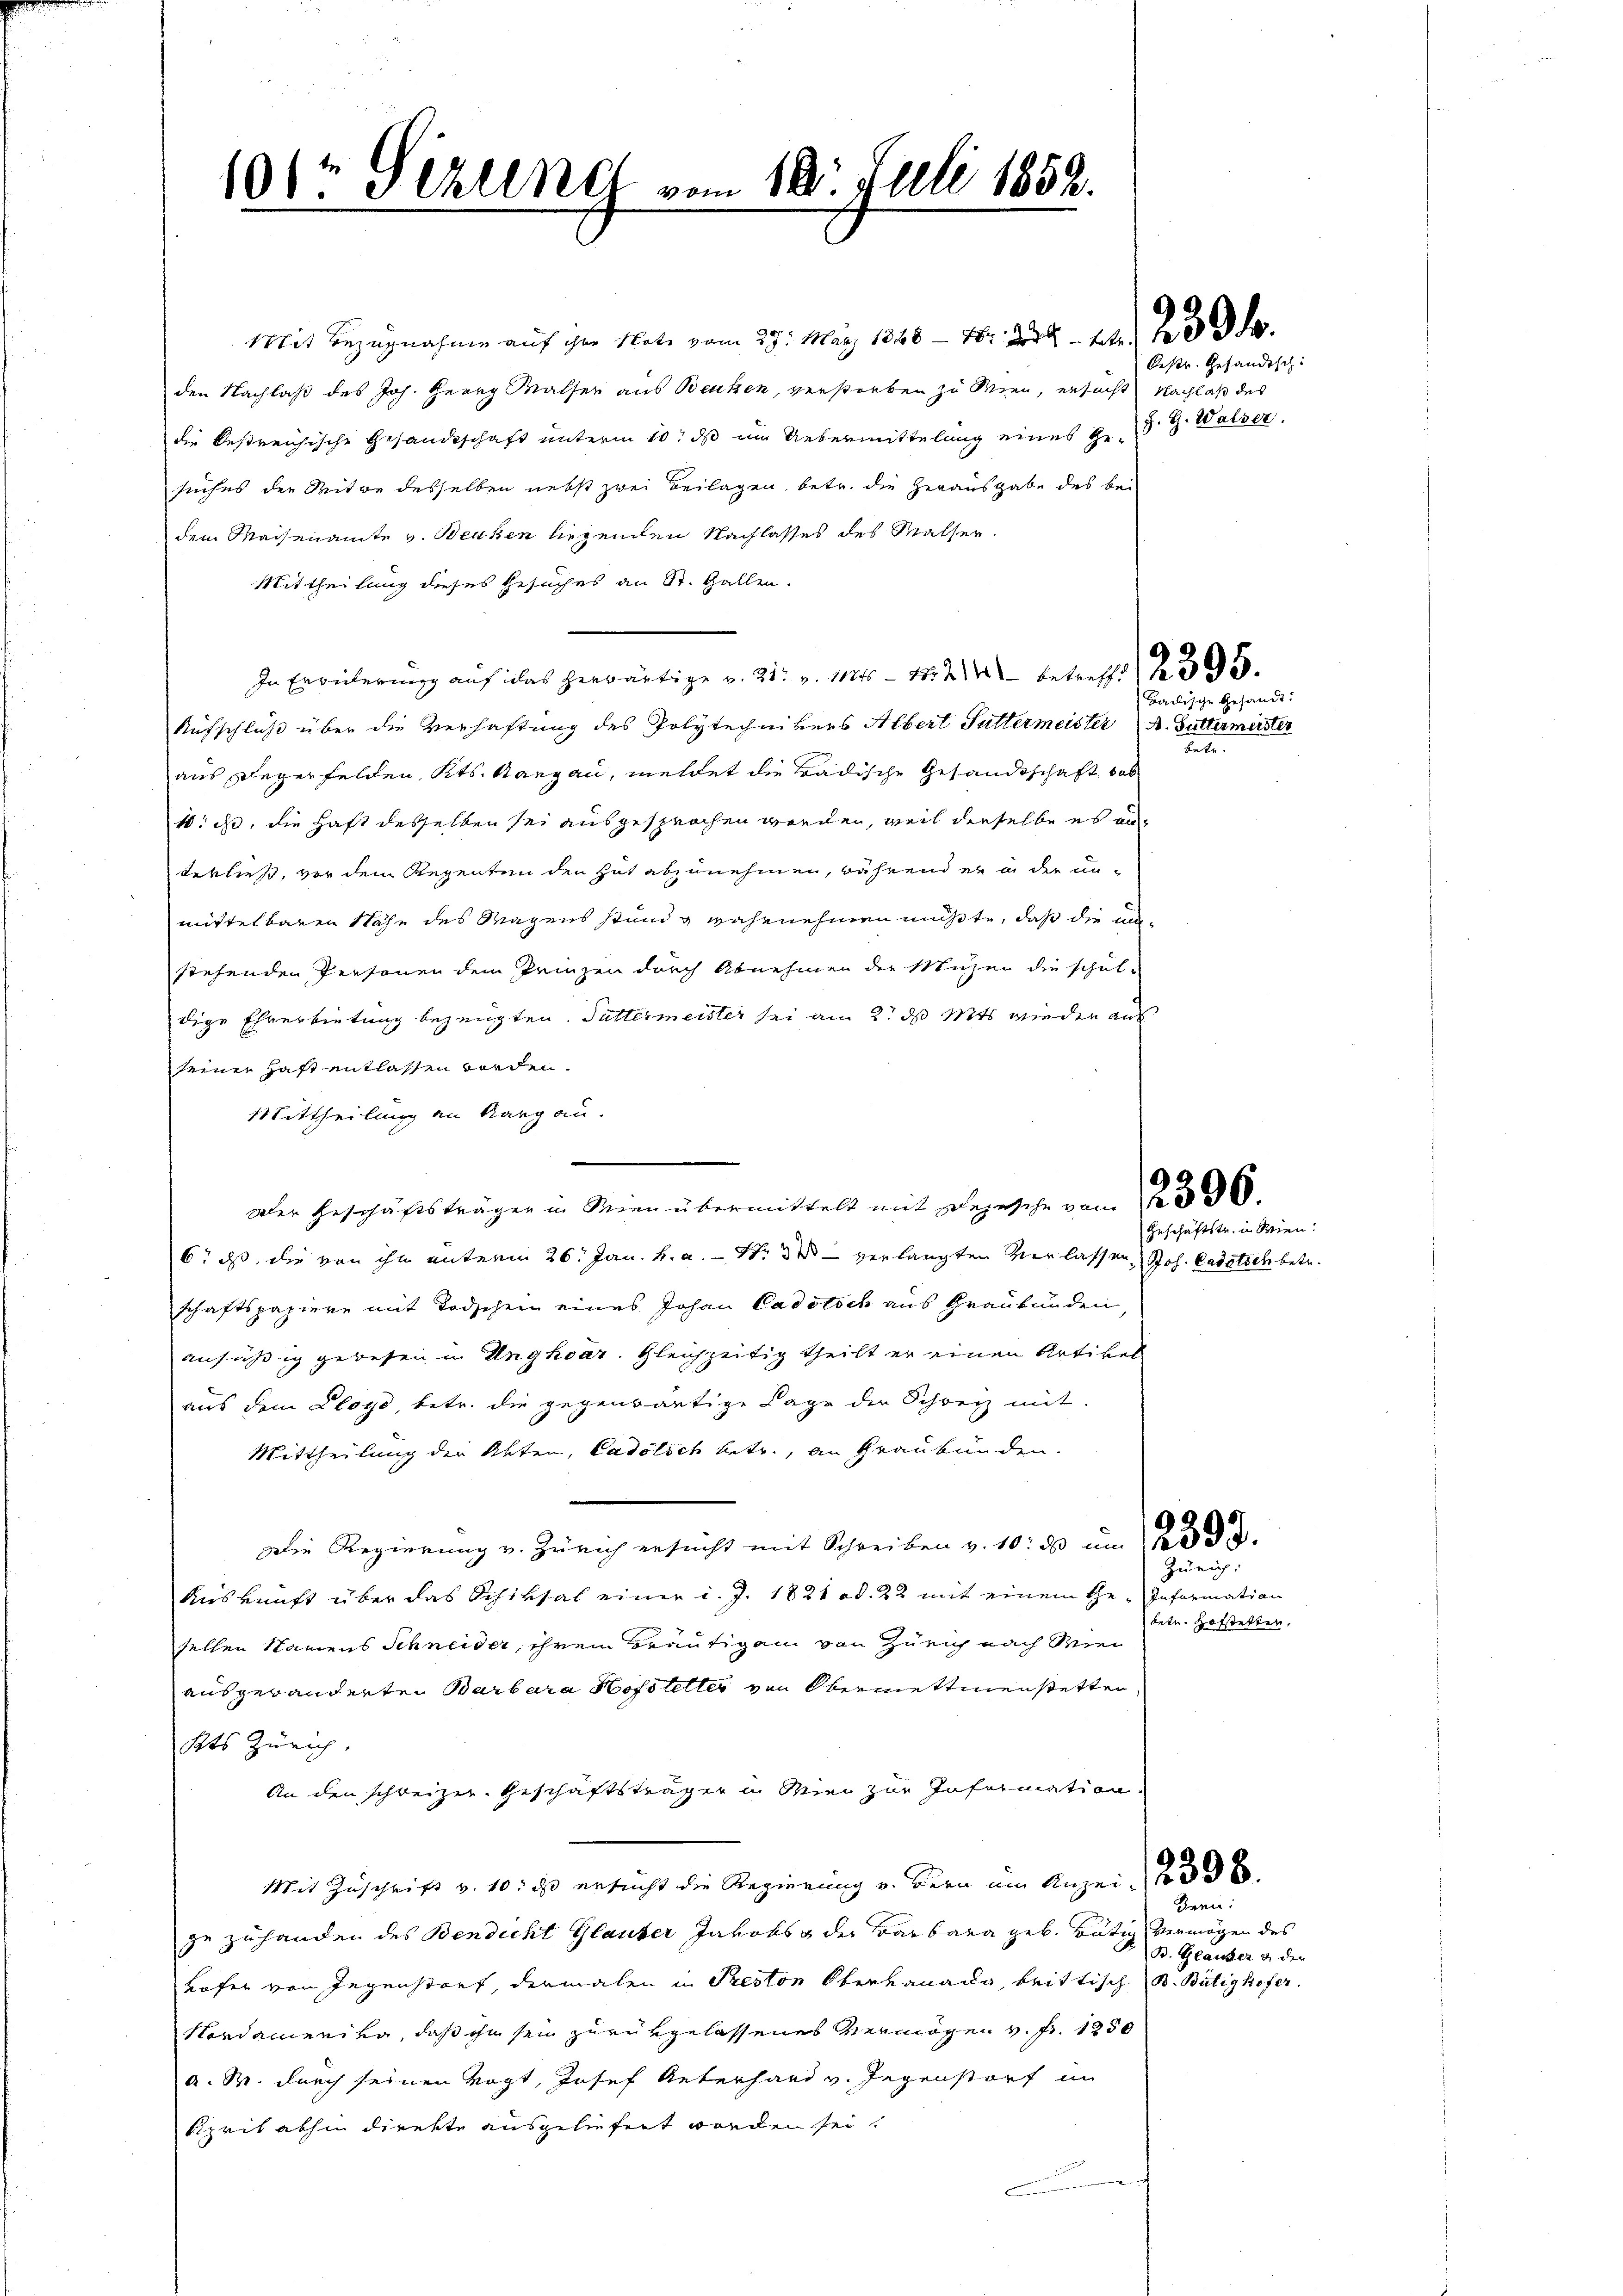
101 Sezung vom 18. Juli 1859.

Mit Bezugnahme auf ihre Note vom 27. März 1846 - 16. 238. 44 f.
den Nachlaß des Joh. Georg Walser aus Beuten, verstorben zu Wien, ersucht Nachlaß des
die bestreichische Gesandtschaft unterm 10t ds im Uebermittelung eines Gr. d. J. Walser
suches der Mitwe desselben nebst zwei Beilagen, betr. die Herausgabe des bei
dem Maisenamte v. Benken liegenden Nachlasses des Malser
Mittheilung dieses Gesuches an St. Gallen.
In Erweiterung auf das herwärtige v. 31. v. 115 - 1824 betreff    395.
Aufschluß über die Verhaftung des Polytechnikers Albert Futtermeister A. Buttermeister
aus Degerfelden, Kts. Aargau, meldet die Badische Gesandtschaft, das
1. ds, die Haft desselben sei ausgesprochen worden, weil derselbe es an
terließ, vor dem Regenten den hat abzunehmen, während er in der unmittelbaren Nähe des Magens stand wahrnehmen müßte, daß die mastehenden Personen dem Prinzen durch Abnehmen der Mühen die schul-
dige Ehrerbietung bezeugten. Suttermeister sei am 2. ds Mit wieder aus
seiner haft entlassen worden.
Mittheilung an Kargau.
.
Der Geschäftsträger in Wien übermittelt mit Depesche vom 12. 336.
6, dass, die von ihn unterm 26. Jan. h. a. S. 3 verlangten Verlassen, Joh. Cadetsch betr.
schaftspapiere mit Todschein eines Johan Cadotsch aus Graubünden,
ansäßig gewesen in Unghoar. Gleichzeitig theilt er einen Artikel
aus dem Lloyd, betr. die gegenwärtige Lage der Schweiz mit-
Mittheilung der Akten, Cadölich betr., an Graubünden.
Die Regierung v. Zürich ersucht mit Schreiben v. 10. ds um 18.
Kiskunft über das Schiksal einer d. J. 1821 od. 22 mit einem Ge- Information
sellen Namens Schneider, ihrem Bräutigam von Zürich nach Wei
ausgebänderten Barbara Hofsteller von Obermettmenstetten
Kts Zürich,
An den schweizer Geschäftsträger in Wien zur Information
Mit Zuschrift v. 10. ds ersucht die Regierung v. Bern um Anzei
ze zuhanden des Bendicht Glauber Jakobs der Barbara geb. Tätig vermögen des
Lofer von Gegenstorf, dermalen in Preston Oberkanada, brittisch B. Bütigkofer.
Nordamerika, daß ihm sein zurükgelassenes Vermögen v. Fr. 1250
a. W. durch seinen Vogt, Josef Unterhard v. Gegenstorf im
Sprit abhin direkte ausgeliefert worden sei?

Oestr. Gesandtsch

tete.

Badische Gesandt:

Geschäftstr. in Wien.

Zürich:
dete. Hofstetter,

Bern:
B. Glauber & der